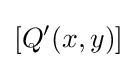
[Q^{\prime }(x,y)]